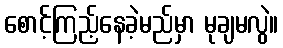
စောင့်ကြည့်နေခဲ့မည်မှာ မုချမလွဲ။